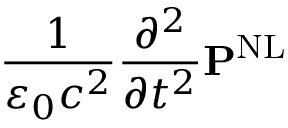
{ \frac { 1 } { \varepsilon _ { 0 } c ^ { 2 } } } { \frac { \partial ^ { 2 } } { \partial t ^ { 2 } } } \mathbf { P } ^ { \mathrm { N L } }